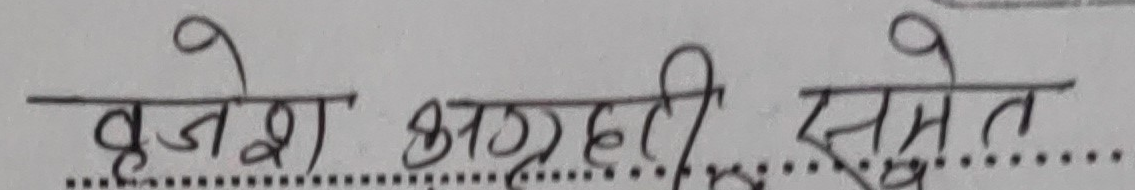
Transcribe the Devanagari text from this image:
बृजेश भण्डारी समेत...